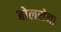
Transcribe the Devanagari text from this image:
बोलसेना